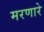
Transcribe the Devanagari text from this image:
मरणारे